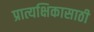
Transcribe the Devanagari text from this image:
प्रात्यक्षिकासाठी